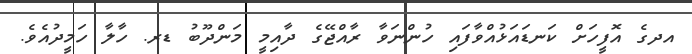
އދގެ އޮފީހަށް ކަނޑައަޅުއްވާފައި ހުންނަވާ ރާއްޖޭގެ ދާއިމީ މަންދޫބު ޑރ. ހާލާ ހަމީދުއެވެ.